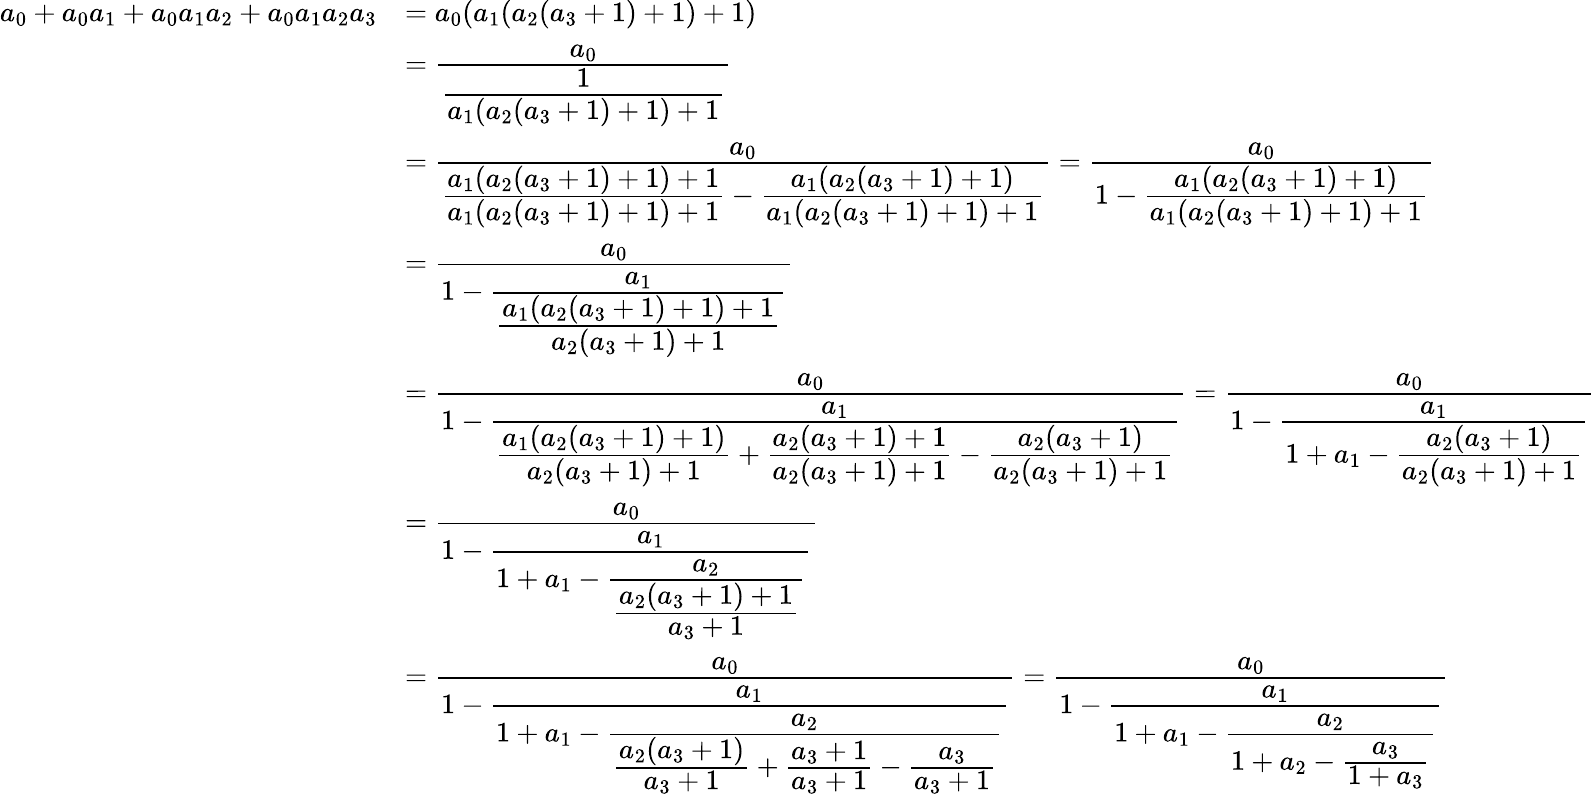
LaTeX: {\begin{array}{rl}{a_{0}+a_{0}a_{1}+a_{0}a_{1}a_{2}+a_{0}a_{1}a_{2}a_{3}}&{=a_{0}(a_{1}(a_{2}(a_{3}+1)+1)+1)}\\ &{={\cfrac{a_{0}}{\cfrac{1}{a_{1}(a_{2}(a_{3}+1)+1)+1}}}}\\ &{={\cfrac{a_{0}}{{\cfrac{a_{1}(a_{2}(a_{3}+1)+1)+1}{a_{1}(a_{2}(a_{3}+1)+1)+1}}-{\cfrac{a_{1}(a_{2}(a_{3}+1)+1)}{a_{1}(a_{2}(a_{3}+1)+1)+1}}}}={\cfrac{a_{0}}{1-{\cfrac{a_{1}(a_{2}(a_{3}+1)+1)}{a_{1}(a_{2}(a_{3}+1)+1)+1}}}}}\\ &{={\cfrac{a_{0}}{1-{\cfrac{a_{1}}{\cfrac{a_{1}(a_{2}(a_{3}+1)+1)+1}{a_{2}(a_{3}+1)+1}}}}}}\\ &{={\cfrac{a_{0}}{1-{\cfrac{a_{1}}{{\cfrac{a_{1}(a_{2}(a_{3}+1)+1)}{a_{2}(a_{3}+1)+1}}+{\cfrac{a_{2}(a_{3}+1)+1}{a_{2}(a_{3}+1)+1}}-{\cfrac{a_{2}(a_{3}+1)}{a_{2}(a_{3}+1)+1}}}}}}={\cfrac{a_{0}}{1-{\cfrac{a_{1}}{1+a_{1}-{\cfrac{a_{2}(a_{3}+1)}{a_{2}(a_{3}+1)+1}}}}}}}\\ &{={\cfrac{a_{0}}{1-{\cfrac{a_{1}}{1+a_{1}-{\cfrac{a_{2}}{\cfrac{a_{2}(a_{3}+1)+1}{a_{3}+1}}}}}}}}\\ &{={\cfrac{a_{0}}{1-{\cfrac{a_{1}}{1+a_{1}-{\cfrac{a_{2}}{{\cfrac{a_{2}(a_{3}+1)}{a_{3}+1}}+{\cfrac{a_{3}+1}{a_{3}+1}}-{\cfrac{a_{3}}{a_{3}+1}}}}}}}}={\cfrac{a_{0}}{1-{\cfrac{a_{1}}{1+a_{1}-{\cfrac{a_{2}}{1+a_{2}-{\cfrac{a_{3}}{1+a_{3}}}}}}}}}}\end{array}}